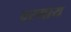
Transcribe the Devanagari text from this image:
वरमाय